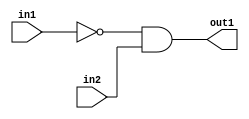
`timescale 1ps / 1ps
/*****************************************************************************
    Verilog RTL Description
    
    
    Created by: Stratus DpOpt 21.05.01 
*******************************************************************************/

module dut_entirecomputation_alt1_1 (
	in1,
	in2,
	out1
	); /* architecture "behavioural" */ 
input  in1,
	in2;
output  out1;
wire  asc001,
	asc003;

assign asc003 = 
	((~in1));

assign asc001 = 
	(asc003)
	&(in2);

assign out1 = asc001;
endmodule

/* CADENCE  ubLzSQE= : u9/ySxbfrwZIxEzHVQQV8Q== ** DO NOT EDIT THIS LINE ******/